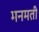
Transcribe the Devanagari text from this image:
मनमती